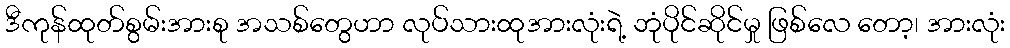
ဒီကုန်ထုတ်စွမ်းအားစု အသစ်တွေဟာ လုပ်သားထုအားလုံးရဲ့ ဘုံပိုင်ဆိုင်မှု ဖြစ်လေ တော့၊ အားလုံး